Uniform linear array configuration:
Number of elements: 64
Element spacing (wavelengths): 0.75
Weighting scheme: exponential
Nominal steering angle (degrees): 45
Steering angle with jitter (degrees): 44.053
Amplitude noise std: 0.05
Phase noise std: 0.05

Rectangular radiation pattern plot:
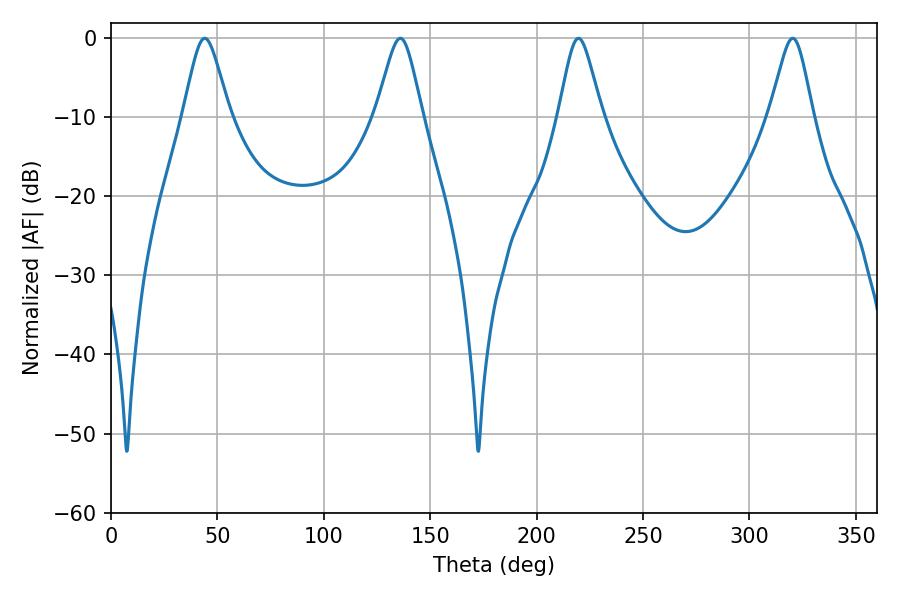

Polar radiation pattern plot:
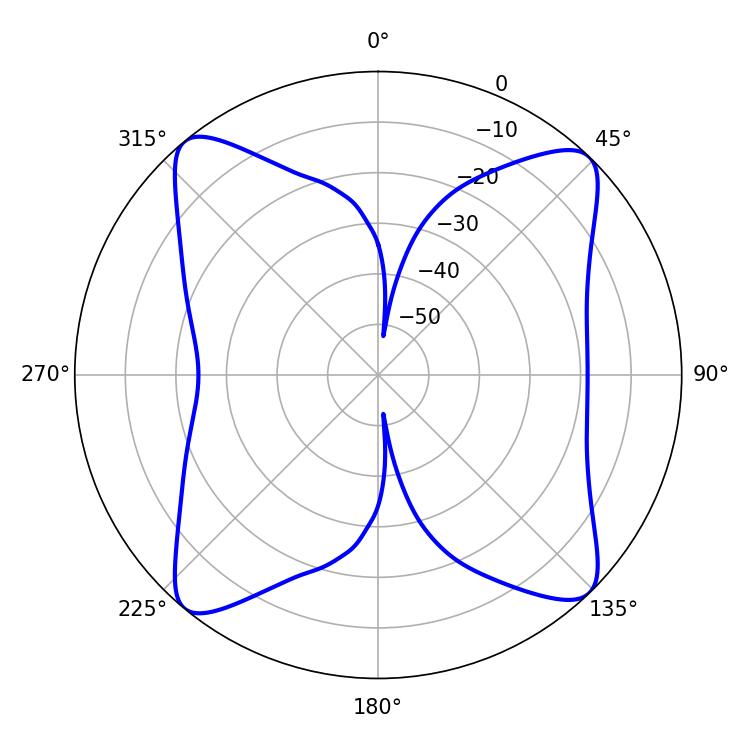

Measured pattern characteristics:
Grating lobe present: TRUE
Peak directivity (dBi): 15.986
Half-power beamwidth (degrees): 9.9
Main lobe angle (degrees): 219.6